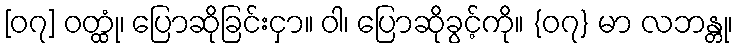
[၀၇] ဝတ္ထုံ၊ ပြောဆိုခြင်းငှာ။ ဝါ၊ ပြောဆိုခွင့်ကို။ {၀၇} မာ လဘန္တု၊